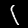
Digit: 1